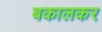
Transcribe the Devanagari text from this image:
बकालकर